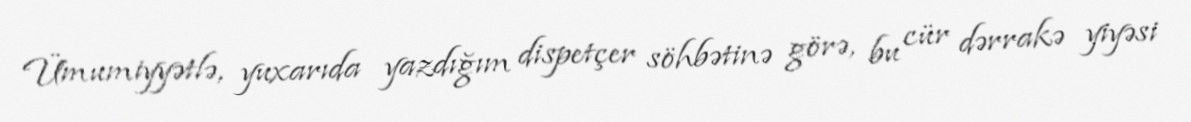
Ümumiyyətlə, yuxarıda yazdığım dispetçer söhbətinə görə, bu cür dərrakə yiyəsi